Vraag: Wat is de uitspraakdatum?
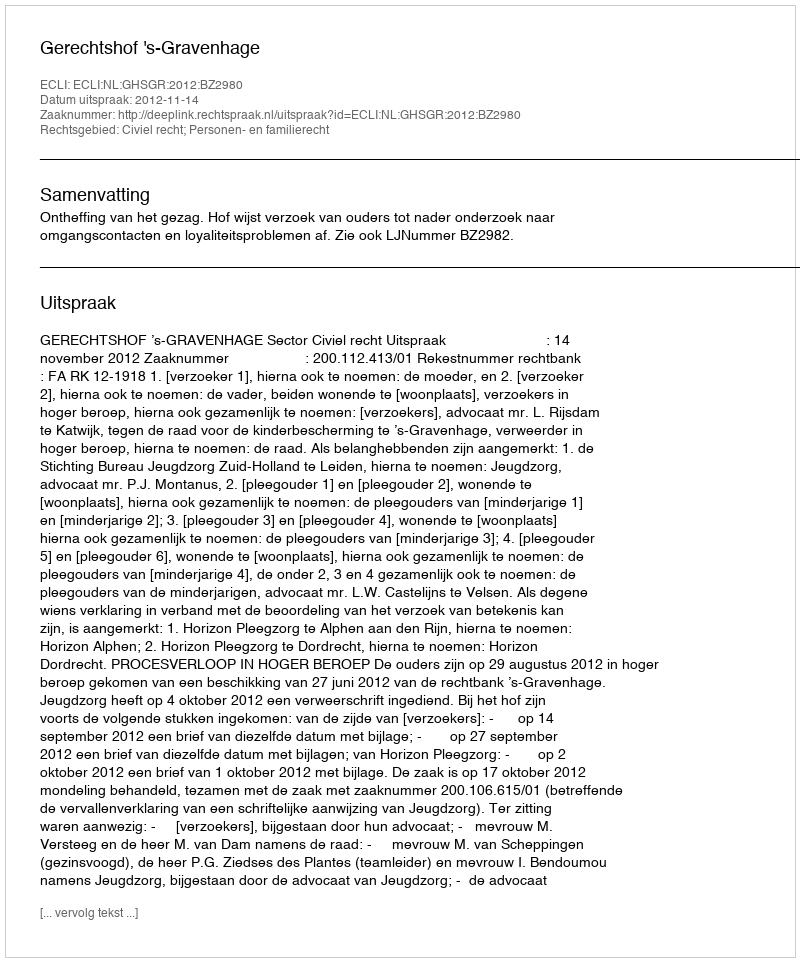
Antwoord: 2012-11-14